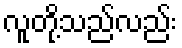
လူတို့သည်လည်း